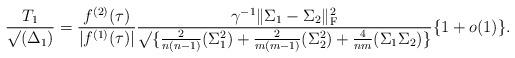
LaTeX: \begin{align*}\frac{T_1}{\surd{(\Delta_{1})}}=\frac{f^{(2)}(\tau)}{|f^{(1)}(\tau)|}\frac{\gamma^{-1}\|\Sigma_1-\Sigma_2\|_{\rm F}^2}{\surd{\{\frac{2}{n(n-1)}(\Sigma_{1}^{2})+\frac{2}{m(m-1)}(\Sigma_{2}^{2})+\frac{4}{nm}(\Sigma_{1}\Sigma_{2})\}}}\{1+o(1)\}.\end{align*}